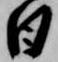
日